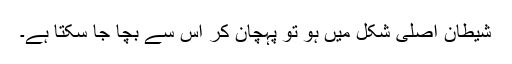
شیطان اصلی شکل میں ہو تو پہچان کر اس سے بچا جا سکتا ہے۔